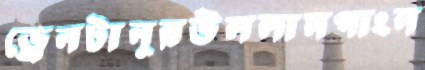
ড্রেনটানুরউললামপাংন